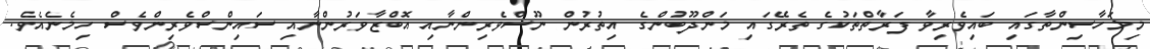
މިމަހާސިންތާގައި ބައިވެރިވާ ފަރާތްތަކުގެ ތެރޭގައި މަންދޫބުންގެ އިތުރުން ނޫސްވެރިންނާއި އޮބްޒާވަރުންނާއި ސައިންސްވެރިންވެސް ހިމެނެއެވެ.